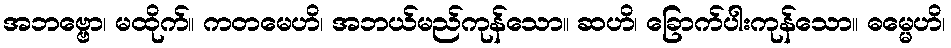
အဘဗ္ဗော၊ မထိုက်။ ကတမေဟိ၊ အဘယ်မည်ကုန်သော။ ဆဟိ၊ ခြောက်ပါးကုန်သော။ ဓမ္မေဟိ၊